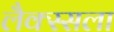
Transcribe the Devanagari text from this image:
लैक्स्सला